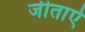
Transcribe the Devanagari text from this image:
जीताऐ